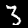
Label: 3